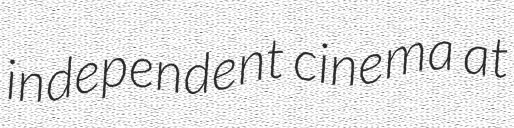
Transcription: independent cinema at